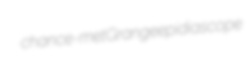
chance-met Grange epidiascope